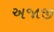
અજાજી